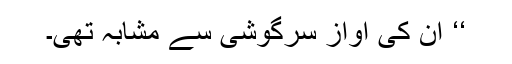
‘‘ ان کی آواز سرگوشی سے مشابہ تھی۔